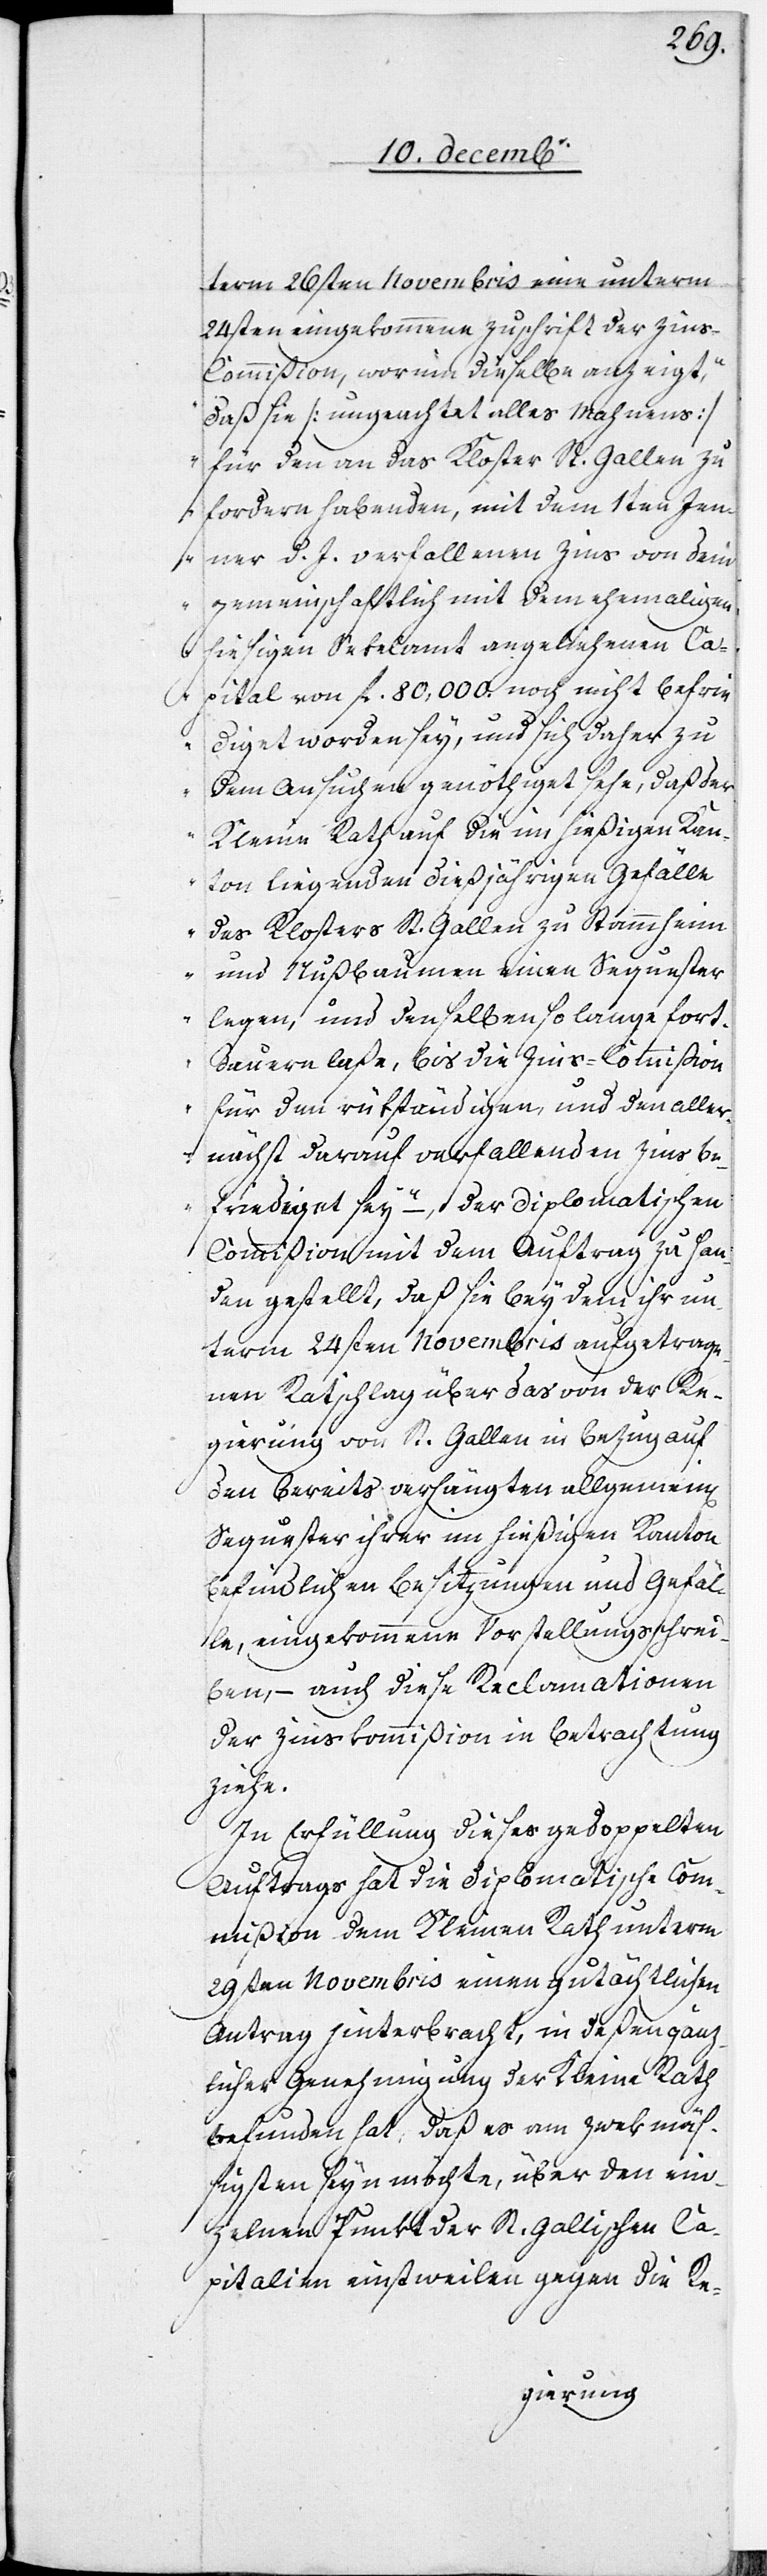
term 26sten Novembris eine unterm
24sten eingekommene Zuschrift der Zin¬
s-Commißion, worinn dieselbe anzeigt,
„daß sie [ungeachtet alles Mahnens]
für den an das Kloster St. Gallen zu
fordern habenden, mit dem 1ten Jen¬
ner d. J. verfallenen Zins von dem
gemeinschaftlich mit dem ehemahligen
hiesigen Sekelamt angeliehenen Ca¬
pital von fl. 80,000. noch nicht befrie¬
diget worden sey, und sich daher zu
dem Ansuchen genöthiget sehe, daß der
Kleine Rath auf die im hießigen Kan¬
ton liegenden dießjährigen Gefälle
des Klosters St. Gallen zu Stammheim
und Nußbaumen einen Sequester
legen, und denselben so lange fort¬
dauern laße, bis die Zins-Commißion
für den rükständigen, und den aller¬
nächst darauf verfallenden Zins be¬
friediget sey,“ – der diplomatischen
Commißion mit dem Auftrag zu Han¬
den gestellt, daß sie bey dem ihr un¬
term 24sten Novembris aufgetrage¬
nen Rathschlag über das von der Re¬
gierung von St. Gallen in Bezug auf
den bereits verhängten allgemein[en]
Sequester ihrer im hießigen Kanton
befindlichen Besitzungen und Gefäl¬
le, eingekommene Vorstellungsschrei¬
ben, – auch diese Reclamationen
der Zinskommißion in Betrachtung
ziehe.
In Erfüllung dieses gedoppelten
Auftrags hat die diplomatische Com¬
mißion dem Kleinen Rath unterm
29sten Novembris einen gutächtlichen
Antrag hinterbracht, in deßen gänz¬
licher Genehmigung der Kleine Rath
befunden hat, daß es am zwekmäß¬
igsten seyn möchte, über den ein¬
zelnen Punkt der St. Gallischen Ca¬
pitalien einstweilen gegen die Re-